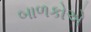
બાળકોએ